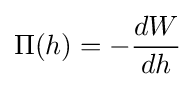
\Pi (h)=-{dW \over dh}